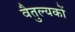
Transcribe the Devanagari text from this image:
वैतुल्यकों